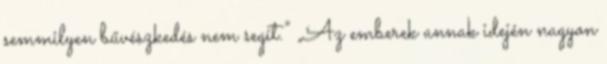
semmilyen bűvészkedés nem segít.” „Az emberek annak idején nagyon